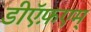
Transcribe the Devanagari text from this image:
डीऍफ़एम्